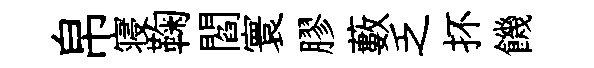
帛寝鞠閻寰膠藪乏抔饑